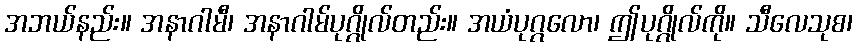
အဘယ်နည်း။ အနာဂါမီ၊ အနာဂါမ်ပုဂ္ဂိုလ်တည်း။ အယံပုဂ္ဂလော၊ ဤပုဂ္ဂိုလ်ကို။ သီလေသုစ၊